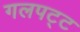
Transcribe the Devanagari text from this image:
गलपट्ट